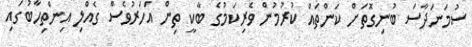
ސުމަނަދާސަ ބުނިގޮތަށް ކަންތައް ކުރުމުން ވެރިކަމުގެ ބާކީ ތިން އަހަރުވެސް ގެއްލި އިންތިހާބުގައި